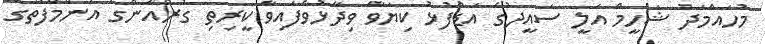
މުހައްމަދު ޝަހީމް އަލީ ސައީދުގެ އަޑުފުޅު ކިޔަވާ ވިދާޅުވެފައިވާ ކީރިތި ގުރުއާންގެ އަންމާފޮތުގެ